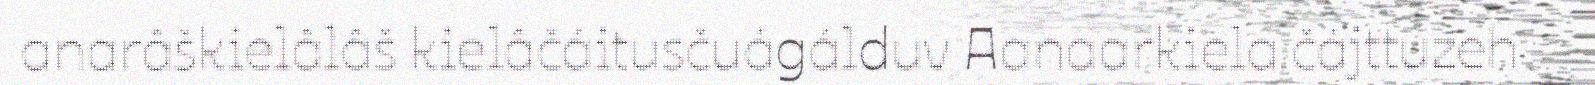
anarâškielâlâš kielâčáitusčuágálduv Aanaarkiela čájttuzeh